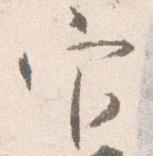
官